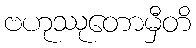
ဗဟုဿုတောမှီတိ